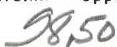
98,50